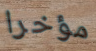
مؤخرا